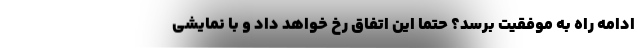
ادامه راه به موفقیت برسد؟ حتما این اتفاق رخ خواهد داد و با نمایشی